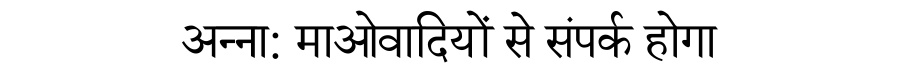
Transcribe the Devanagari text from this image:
अन्ना: माओवादियों से संपर्क होगा